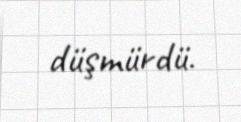
düşmürdü.